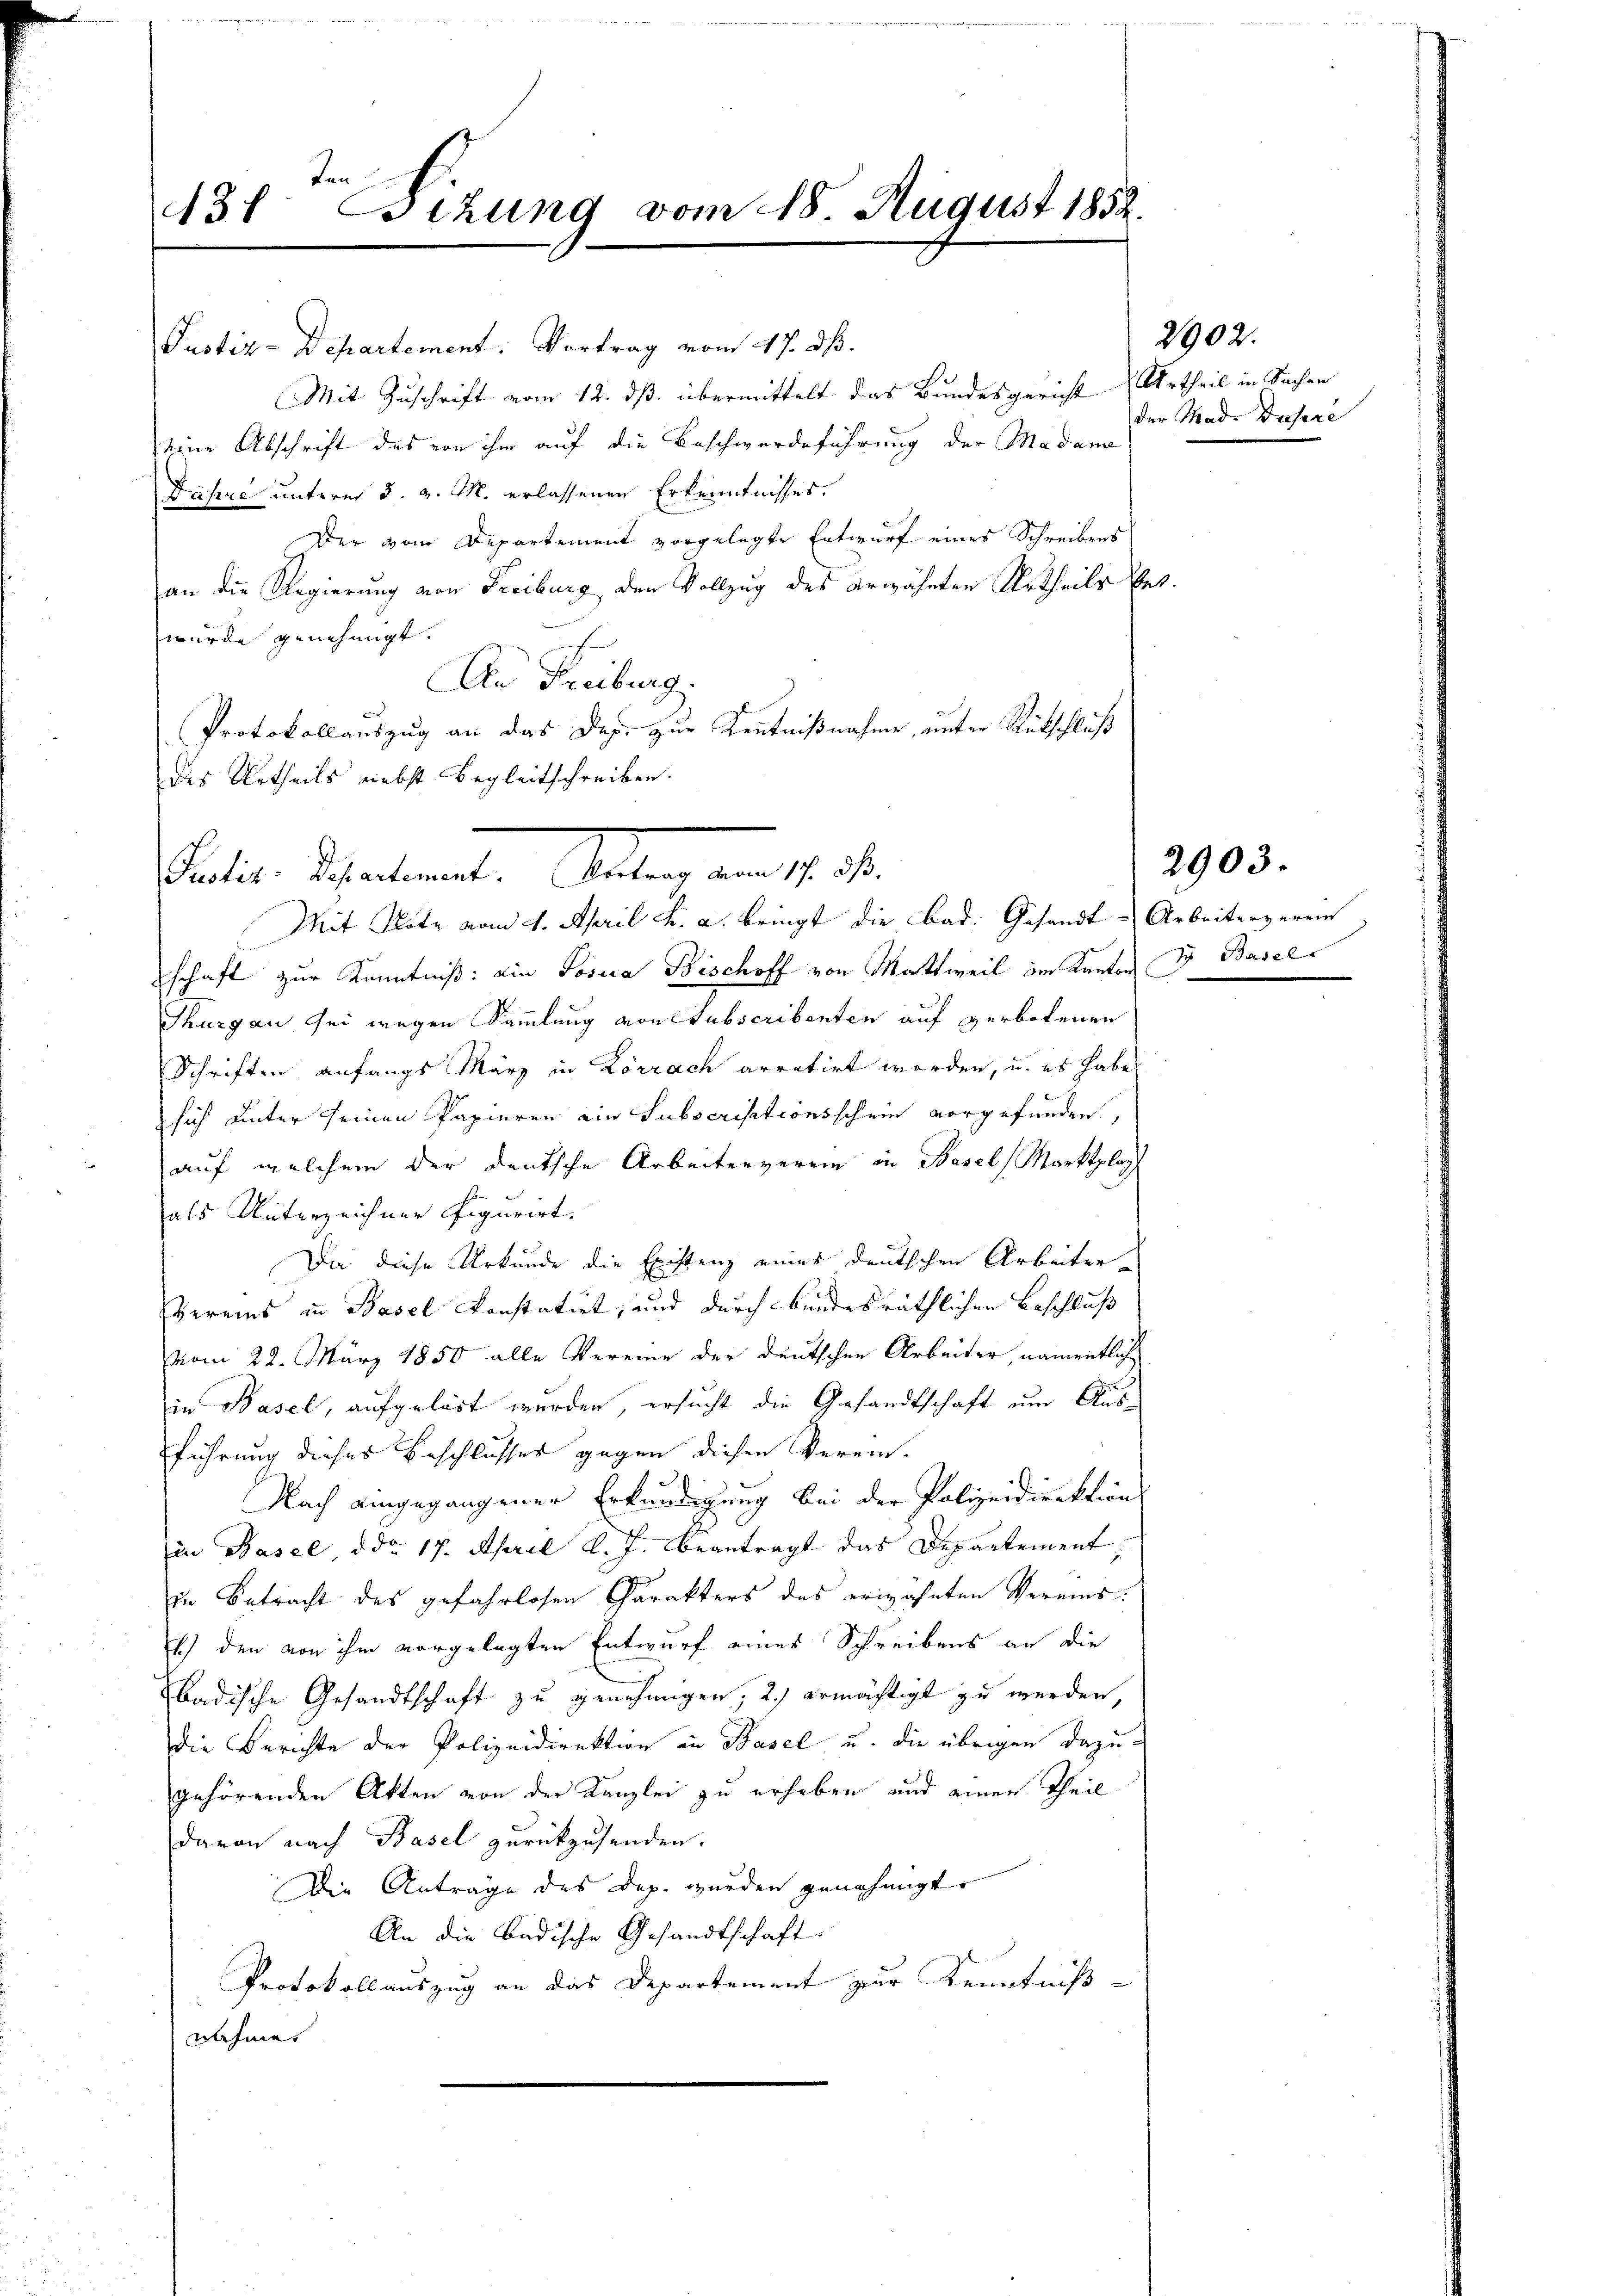
rinne
431 Sitzung vom 18. August 1852.

Justiz-Departement. Vortrag vom 17. dß.
Mit Zuschrift vom 12. ds. übermittelt das Bundesgericht Urtheil in Sachen
seine Abschrift des von ihm auf die Beschwerdeführung der Madam
Däsere unterm 5. v. M. erlassenen Erkenntnisses.
Der vom Departement vorgelegte Entwurf eines Schreibens
an die Regierung von Freiburg der Vollzug des erwähnten Urtheils bet
wurde genehmigt.
An Freiburg.
Protokollauszug an das Dop. zur Kenntnißnahme, unter Rütschluß
des Urtheils nebst Begleitschreiben.

schaft zur Kenntniß: ein Loseca Bischoff von Mattweil im Kanton J. Basel
Thurgau, sei wegen Sammlung von Subscribenten auf verbotenen
Schriften anfangs März in Lörrach arretirt worden, u. es habe
sich unter seinen Papieren ein Subscrisationsschein vorgefunden,
auf welchem der deutsche Arbeiterverein in Basel, Marktplag
als Unterzeichner figurirt.
Da diese Urkunde die Existenz eines deutschen Arbeiter-
vereins in Basel konstatirt, und durch bundesräthlichen Beschluß
vom 22. März 1850 alle Vereine der deutschen Arbeiter, namentlich
in Basel, aufgelöst wurden, ersucht die Gesandtschaft um Aus-
führung dieses Beschlusser gegen diesen Verein-
Nach eingegangener Erkundigung bei der Polizeidirektions
in Basel, ddo 17. April l. J. beantragt das Departement
in Betracht des gefahrlosen Charakters des erwähnten Vereins¬
1.) den von ihm vorgelegten Entwurf eines Schreibens an die
badische Gesandtschaft zu genehmigen; 2.) ermächtigt zu werden,
die Berichte der Polizeidirektion in Basel u. die übrigen dazugehörenden Akten von der Kanzlei zu erheben und einen Theil
davon nach Basel zurükzusenden.
Die Anträge des Dep. wurden genehmigt.
An die Badische Gesandtschaft.
Protokollauszug an das Departement zur Kenntniß
nahmet

tation Schatente alten am 1. 2.

Mit Klote vom 4. April h. a. bringt die Bad. Gesandt & Arbeiterverein

der Mad. Dasere

2902.

2903.